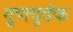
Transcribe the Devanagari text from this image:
गुणपूर्वक